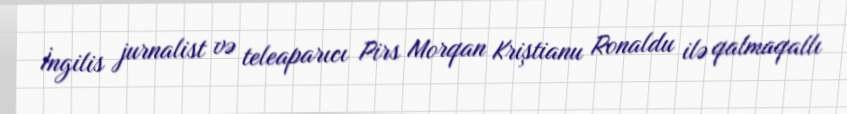
İngilis jurnalist və teleaparıcı Pirs Morqan Kriştianu Ronaldu ilə qalmaqallı